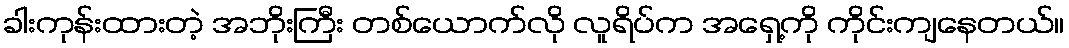
ခါးကုန်းထားတဲ့ အဘိုးကြီး တစ်ယောက်လို လူရိပ်က အရှေ့ကို ကိုင်းကျနေတယ်။